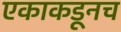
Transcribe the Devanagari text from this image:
एकाकडूनच